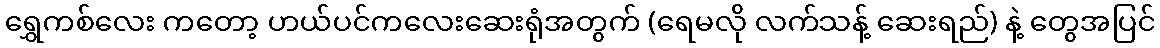
ရွှေကစ်လေး ကတော့ ဟယ်ပင်ကလေးဆေးရုံအတွက် (ရေမလို လက်သန့် ဆေးရည်) နဲ့ တွေအပြင်